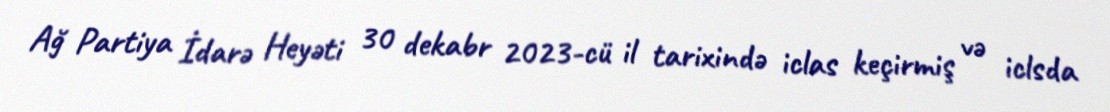
Ağ Partiya İdarə Heyəti 30 dekabr 2023-cü il tarixində iclas keçirmiş və iclsda